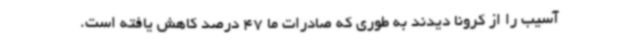
آسیب را از کرونا دیدند به طوری که صادرات ما 47 درصد کاهش یافته است.